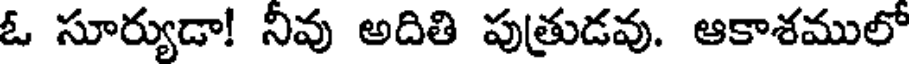
ఓ సూర్యుడా! నీవు అదితి పుత్రుడవు. ఆకాశములో